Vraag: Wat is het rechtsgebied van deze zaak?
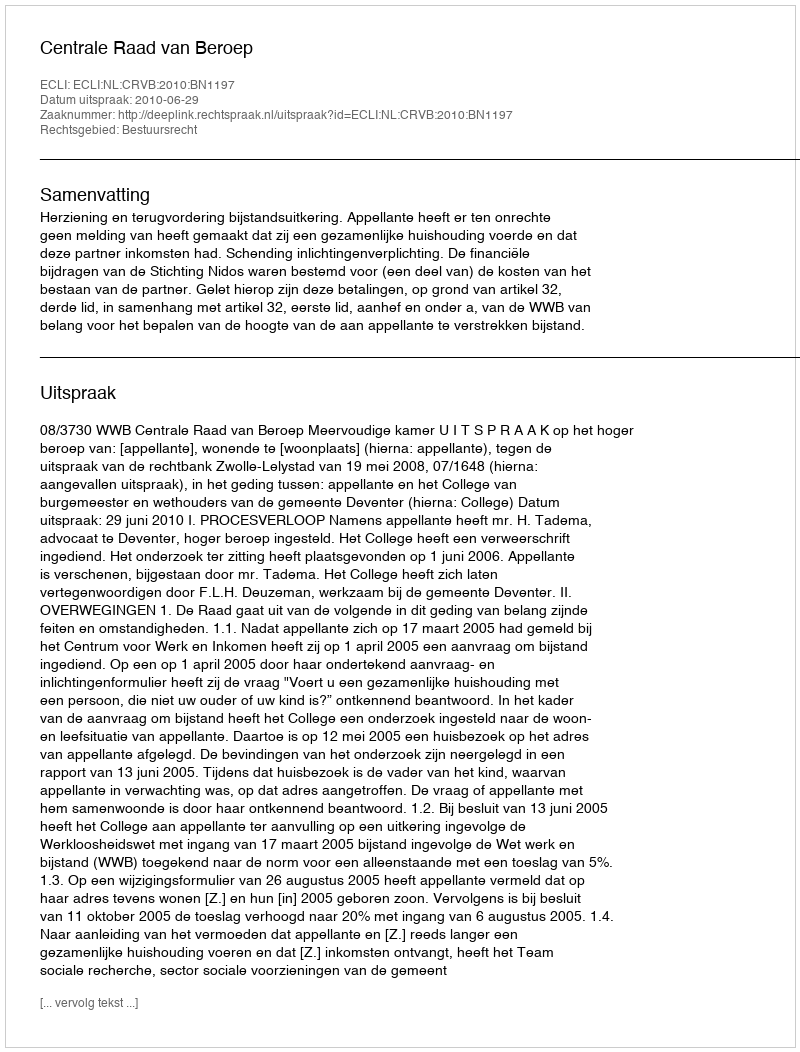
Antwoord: Bestuursrecht